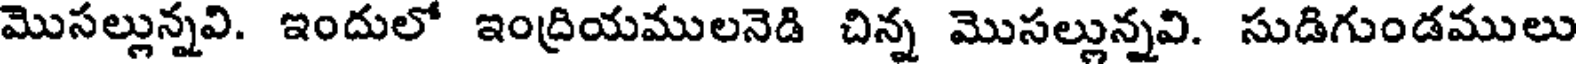
మొసల్లున్నవి. ఇందులో ఇంద్రియములనెడి చిన్న మొసల్లున్నవి. సుడిగుండములు